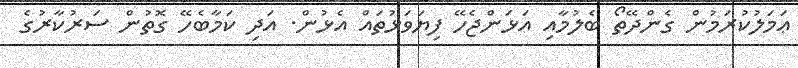
ޢަމަލުކުރަމުން ގެންދޭތޯ ބެލުމާއި އަޅަންޖެހޭ ފިޔަވަޅުތައް އެޅުން. އަދި ކަމާބެހޭ ގޮތުން ސަރުކާރުގެ